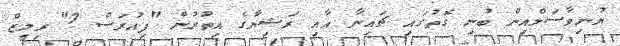
ޔުނިވާސަލްއިން ބުނި ގޮތުގައި ޗައިނާ އާއި ރަޝިޔާގެ އިތުރުން "ފިއުރަސް 7" ރިލީޒް